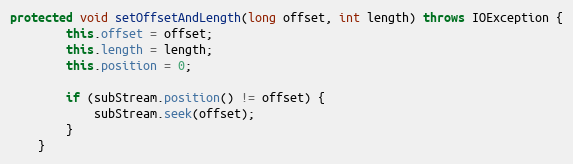
Language: Java
protected void setOffsetAndLength(long offset, int length) throws IOException {
		this.offset = offset;
		this.length = length;
		this.position = 0;

		if (subStream.position() != offset) {
			subStream.seek(offset);
		}
	}